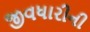
જીવધારીની